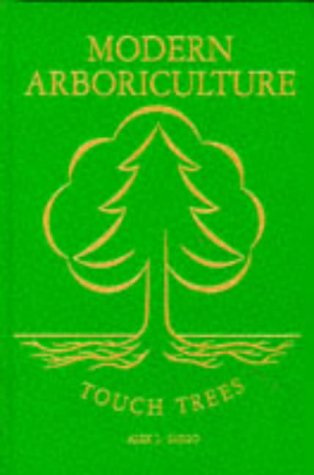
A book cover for Modern Arboriculture: A Systems Approach to the Care of Trees and Their Associates; Alex L. Shigo; Crafts, Hobbies & Home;